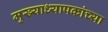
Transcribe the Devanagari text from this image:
मुख्याध्यापकांच्या